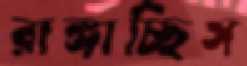
রাঙ্গাচ্ছিস